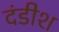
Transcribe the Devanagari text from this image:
दंडीश